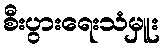
စီးပွားရေးသံမှူး